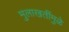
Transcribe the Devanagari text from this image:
मुलाखतींमुळे